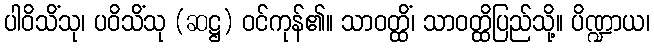
ပါဝိသိံသု၊ ပဝိသိံသု (ဆဋ္ဌ) ဝင်ကုန်၏။ သာဝတ္ထိံ၊ သာဝတ္ထိပြည်သို့။ ပိဏ္ဍာယ၊